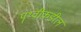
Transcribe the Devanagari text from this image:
पॄथ्वीकडील